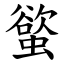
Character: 螸